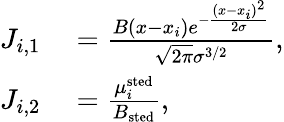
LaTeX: \begin{array}{rl}{J_{i,1}}&{{}=\frac{B(x-x_{i})e^{-\frac{(x-x_{i})^{2}}{2\sigma}}}{\sqrt{2\pi}\sigma^{3/2}},}\\ {J_{i,2}}&{{}=\frac{\mu_{i}^{\mathrm{sted}}}{B_{\mathrm{sted}}},}\end{array}